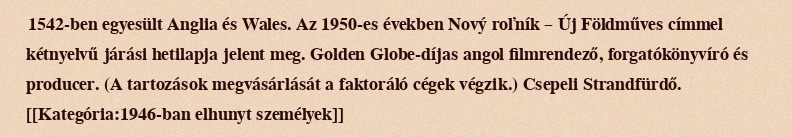
1542-ben egyesült Anglia és Wales. Az 1950-es években Nový roľník – Új Földműves címmel kétnyelvű járási hetilapja jelent meg. Golden Globe-díjas angol filmrendező, forgatókönyvíró és producer. (A tartozások megvásárlását a faktoráló cégek végzik.) Csepeli Strandfürdő. [[Kategória:1946-ban elhunyt személyek]]